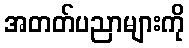
အတတ်ပညာများကို